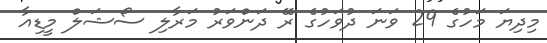
މިދިޔަ މަހުގެ 29 ވަނަ ދުވަހުގެ ރޭ ދަންވަރު މަރާލި ސޯޝަލް މީޑިއާ